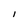
Character: I